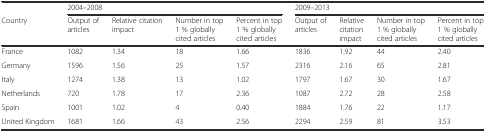
|  | <COLSPAN=4> 2004–2008 | <COLSPAN=4> 2009–2013 |
 | Country | Output of articles | Relative citation impact | Number in top 1 % globally cited articles | Percent in top 1 % globally cited articles | Output of articles | Relative citation impact | Number in top 1 % globally cited articles | Percent in top 1 % globally cited articles |
 | --- | --- | --- | --- | --- | --- | --- | --- | --- |
 | France | 1082 | 1.34 | 18 | 1.66 | 1836 | 1.92 | 44 | 2.40 |
 | Germany | 1596 | 1.56 | 25 | 1.57 | 2316 | 2.16 | 65 | 2.81 |
 | Italy | 1274 | 1.38 | 13 | 1.02 | 1797 | 1.67 | 30 | 1.67 |
 | Netherlands | 720 | 1.78 | 17 | 2.36 | 1087 | 2.72 | 28 | 2.58 |
 | Spain | 1001 | 1.02 | 4 | 0.40 | 1884 | 1.76 | 22 | 1.17 |
 | United Kingdom | 1681 | 1.66 | 43 | 2.56 | 2294 | 2.59 | 81 | 3.53 |